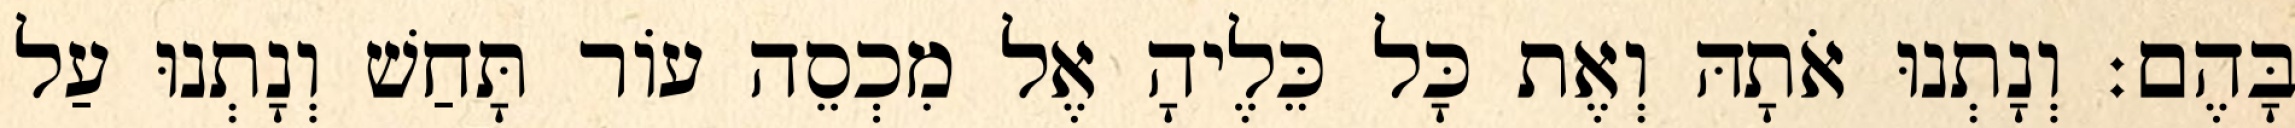
בָּהֶם׃ וְנָתְנוּ אֹתָהּ וְאֶת כָּל כֵּלֶיהָ אֶל מִכְסֵה עוֹר תָּחַשׁ וְנָתְנוּ עַל